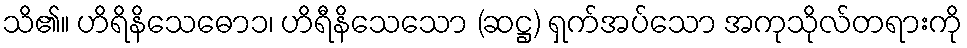
သိ၏။ ဟိရိနိသေဓော၁၊ ဟိရီနိသေသော (ဆဋ္ဌ) ရှက်အပ်သော အကုသိုလ်တရားကို